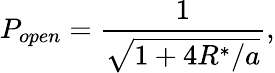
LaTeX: P_{open}=\frac{1}{\sqrt{1+4R^{*}/a}},